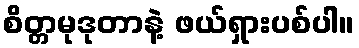
စိတ္တမုဒုတာနဲ့ ဖယ်ရှားပစ်ပါ။